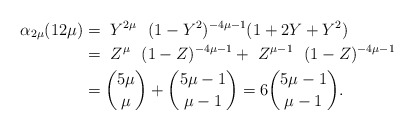
\begin{align*}\alpha _{2\mu}(12\mu) & = \ Y^{2\mu} \ \ (1-Y^2)^{-4\mu-1} (1+2Y+Y^2) \\&= \ Z^{\mu} \ \ (1-Z)^{-4\mu-1} + \ Z^{\mu-1} \ \ (1-Z)^{-4\mu-1} \\ &={{5\mu}\choose{\mu}} + {{5\mu-1}\choose{\mu-1}} = 6{{5\mu-1}\choose{\mu-1}}.\end{align*}